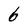
Character: 6